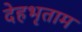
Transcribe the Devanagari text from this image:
देहभृताम